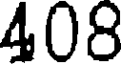
408